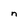
Character: n